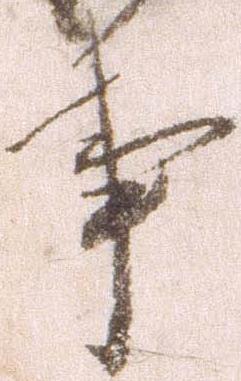
事